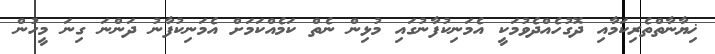
ޚިޔާނާތްތެރިކަމާއި ދޮގުހެއްދެވުމަކީ އެމަނިކުފާނުގައި މުޅިން ނެތް ކަމެއްކަމަށް އެމަނިކުފާނު ދަންނަ ގިނަ މީހުން